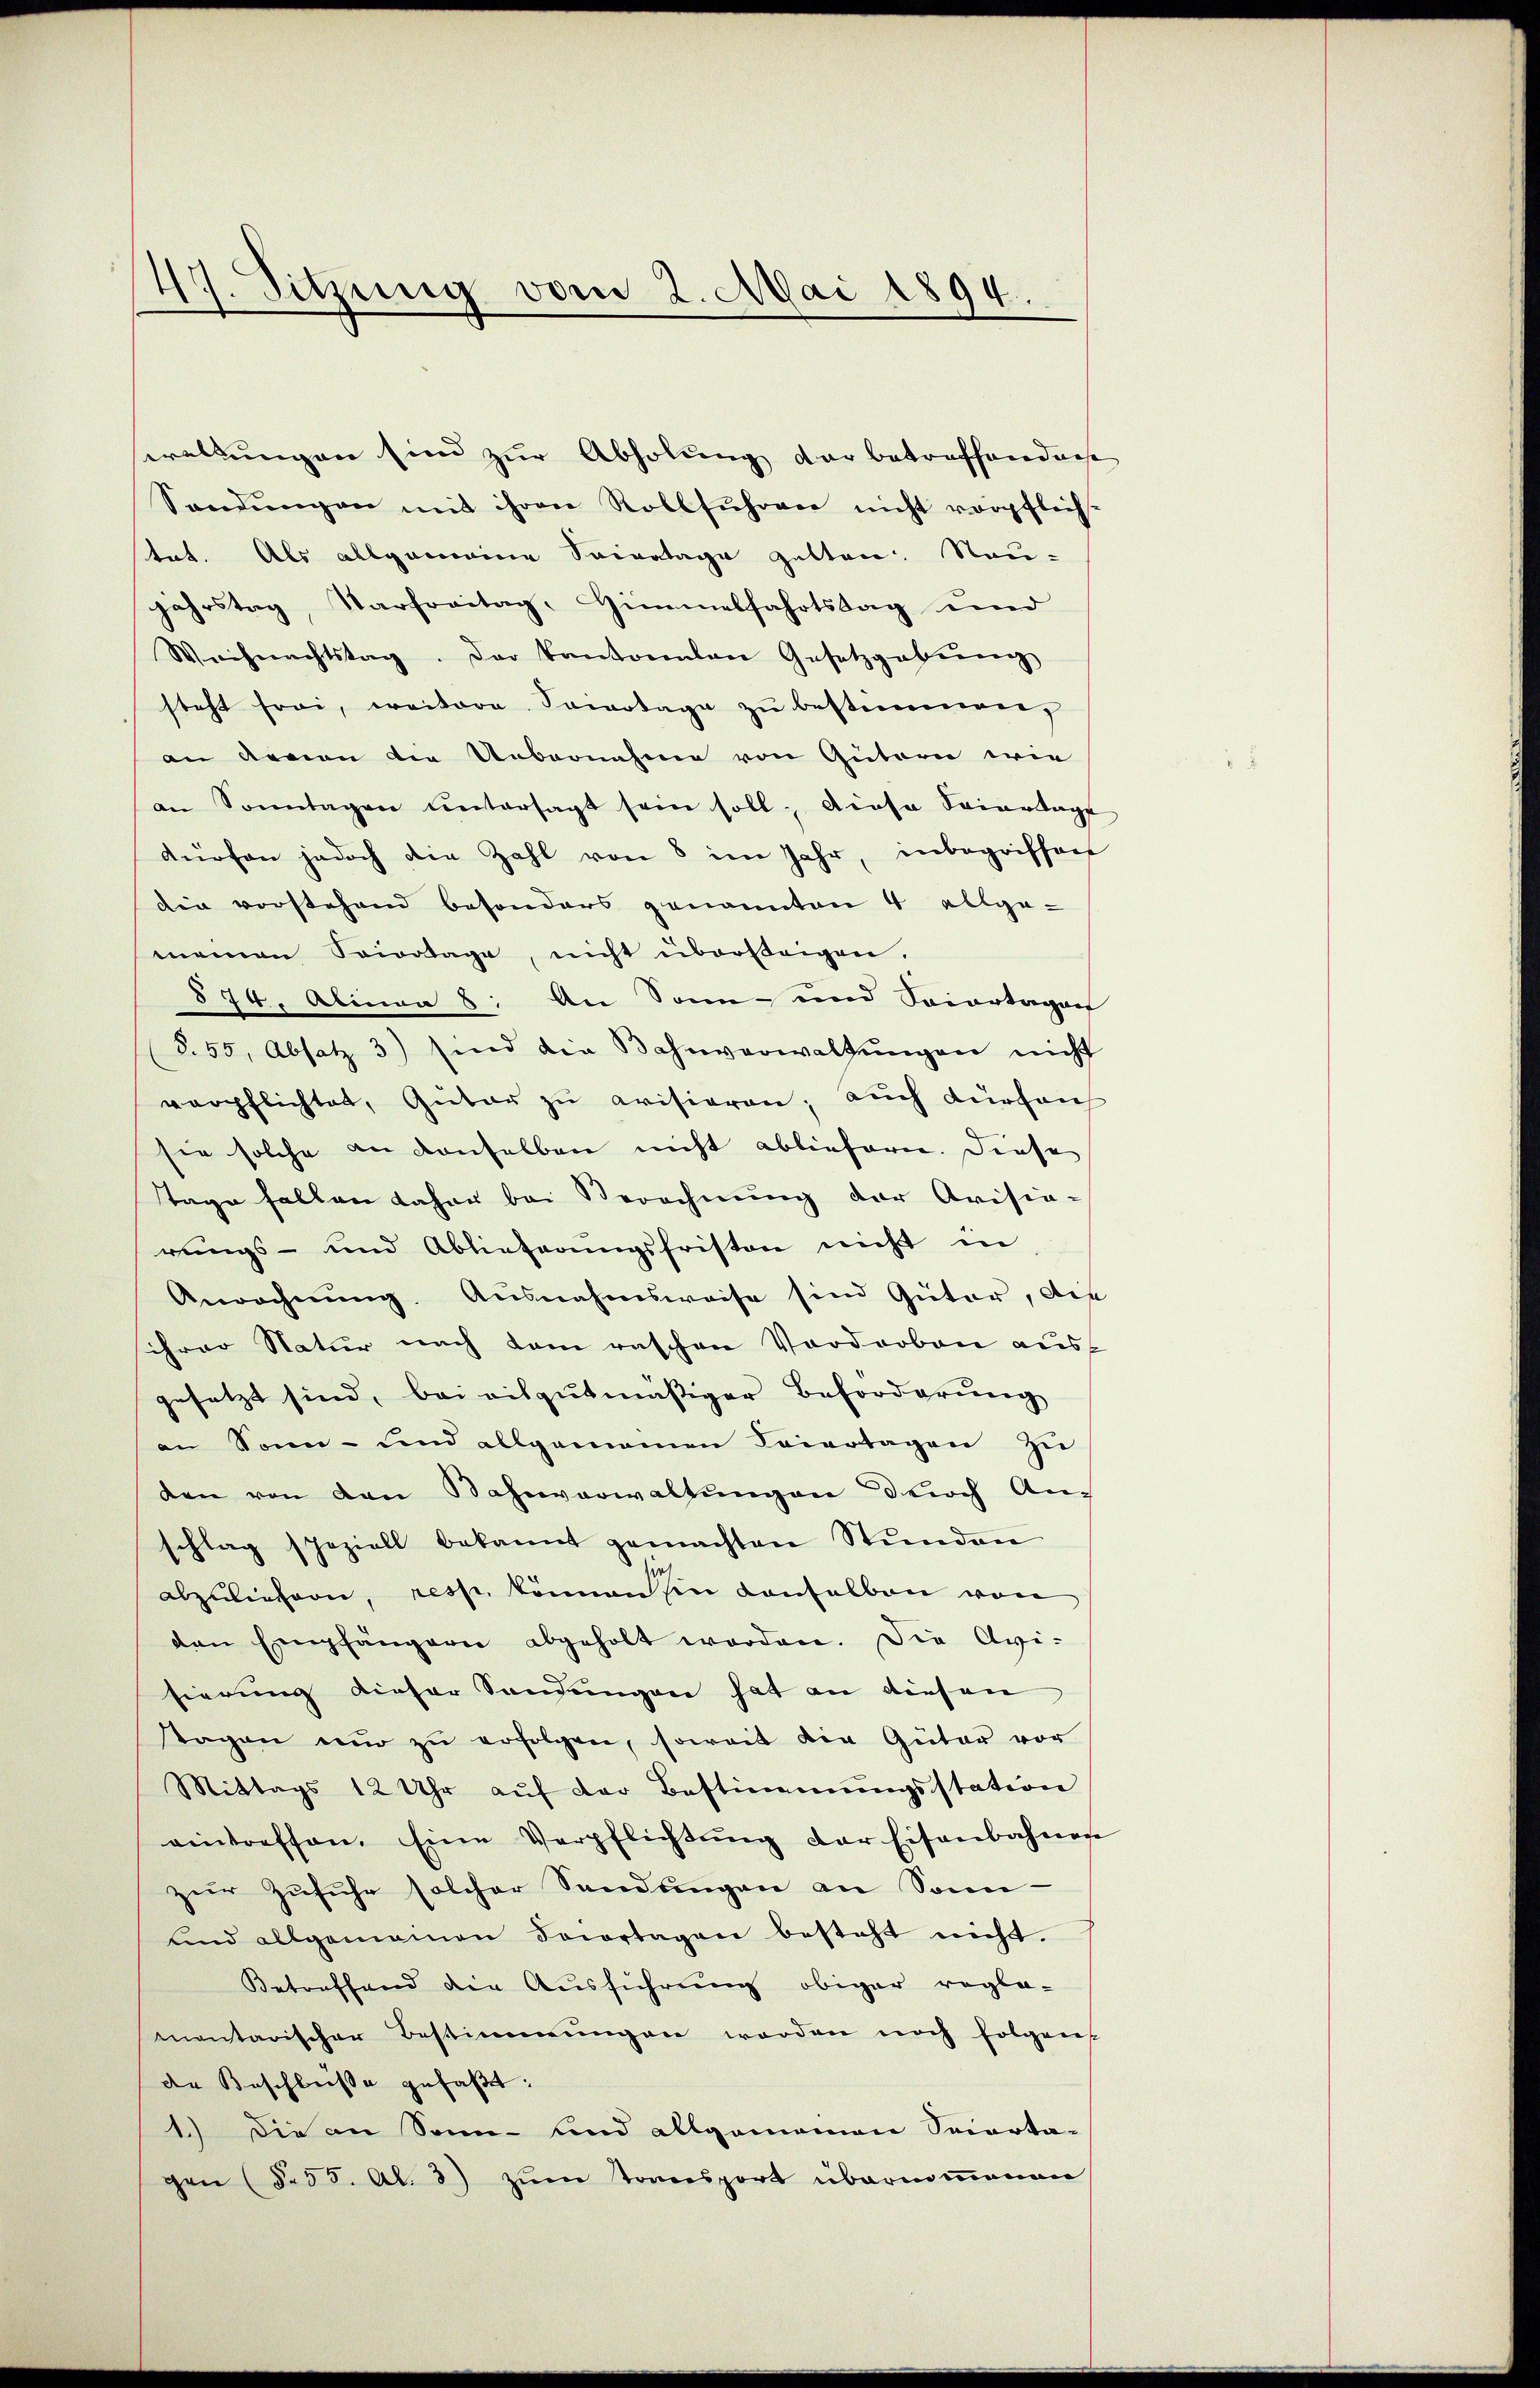
47. Sitzung vom 2. Mai 1894.

jahrstag, Karfreitag, Himmelfahrtstag und
Weihnachtstag. Der Kantonalen Gesetzgebung
steht frei, weitere Soiertage zu bestimmen,
an denen die Uebernahme von Gütern wie
an Sonntagen ŭntersagt sein soll, diese Feiertage
dürfen jedoch die Zahl von 8 im Jahr, inbegriffen
die vorstehend besonders genannten 4 allge-
meinen Sportage, nicht übersteigen.
§74. Alinea 8. An Sonne und Saiartagen
8.55, Absatz 3) sind die Bahnverwaltŭngen nicht
verpflichtet, Güter zŭ evisieren; auch dürfen
sie solche an denselben nicht abliefern. Diese
Tage fallen daher bei Berechnung der Avisio-
rungs- und Ablieferŭngsfristen nicht in
Anrechnŭng. Ausnahmsweise sind Güter, die
schrer Natur nach dem raschen Vordorben aus
gesetzt sind, bei vitgutmäßiger Beforderung
an Sonn- und allgemeinen Feiertagen zu
den von den Bahnverwaltungen durch An-
schlag speziell bekannt gemachten Stŭnden
abzuliefern, resp. können in denselben von
den Empfängern abgeholt worden. Die Avi-
sierung dieser Sondringen hat an diesen
stagen nŭr zŭ erfolgen, soweit die Güter vor
Mittags 12 Uhr aŭf der Bestimmungsstation
eintreffen. Eine Verpflichtŭng der Eisenbahnen
zur Zufuhr solcher Sendungen an Sonn-
und allgemeinen Focertagen besteht nicht.
Betreffend die Ausführung obiger reglementarischer Bestimmungen werden noch folgen
de Beschlüsse gefaßt:
1.) Die an Sonn- und allgemeinen Secarta-
gen (§ 55. Al. 3) zum Tonsport übernommenen

wellungen sind zur Abholung der betreffendenh
Sandŭngen mit ihren Rollführen nicht verpflich.
tat. Als allgemeine Spinatage gelten Neu-